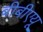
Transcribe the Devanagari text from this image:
बीबीएयू